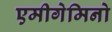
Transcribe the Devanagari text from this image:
एमीगेमिनो